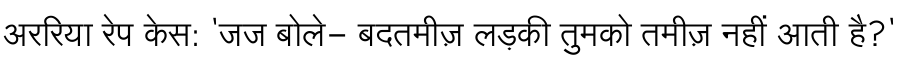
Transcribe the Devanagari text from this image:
अररिया रेप केस: 'जज बोले- बदतमीज़ लड़की तुमको तमीज़ नहीं आती है?'